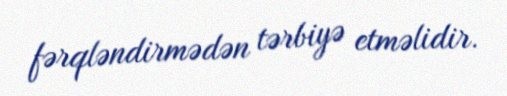
fərqləndirmədən tərbiyə etməlidir.